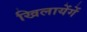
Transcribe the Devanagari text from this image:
खिलायेंगें